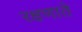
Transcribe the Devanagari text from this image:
रक्षणाते